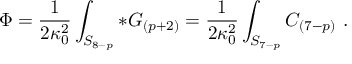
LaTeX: \Phi = { \frac { 1 } { 2 \kappa _ { 0 } ^ { 2 } } } \int _ { S _ { 8 - p } } * G _ { ( p + 2 ) } = { \frac { 1 } { 2 \kappa _ { 0 } ^ { 2 } } } \int _ { S _ { 7 - p } } C _ { ( 7 - p ) } \ .